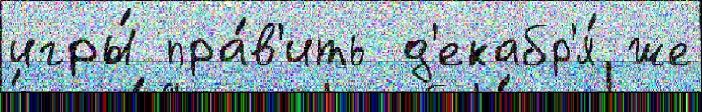
игры́ пра́в'ить д'екабр'я́ же